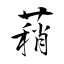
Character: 蕱